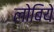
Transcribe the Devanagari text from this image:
लोबिये